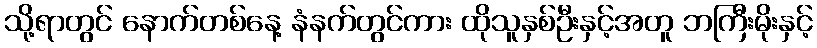
သို့ရာတွင် နောက်တစ်နေ့ နံနက်တွင်ကား ထိုသူနှစ်ဦးနှင့်အတူ ဘကြီးမိုးနှင့်